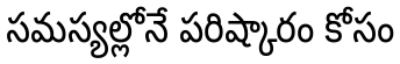
సమస్యల్లోనే పరిష్కారం కోసం